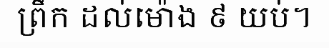
ព្រឹក ដល់ម៉ោង ៩ យប់។